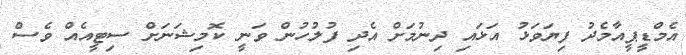
އެމްޑީޕީއާމެދު ފިޔަވަޅު އަޅައި ދިނުމަށް އެދި ފުލުހުން ވަނީ ކޮމިޝަނަށް ސިޓީއެއް ވެސް